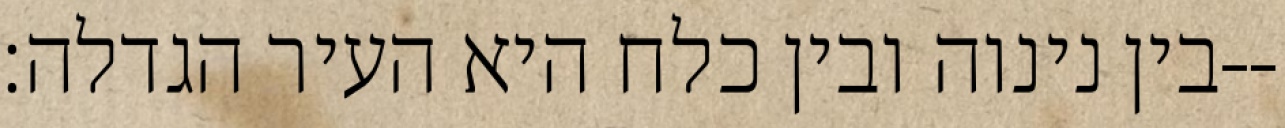
בין נינוה ובין כלח היא העיר הגדלה׃--